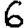
Digit: 6